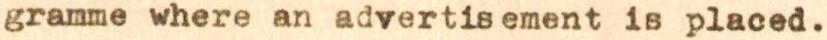
gramme where an advertisement is placed.